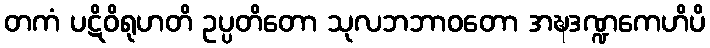
တကံ ပဋိဝိရုဟတိ ဥပ္ပတိတော သုလဘဘာဝတော အဍ္ဎဒဏ္ဍကေဟိပိ